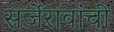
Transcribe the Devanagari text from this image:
सर्जेरावांची